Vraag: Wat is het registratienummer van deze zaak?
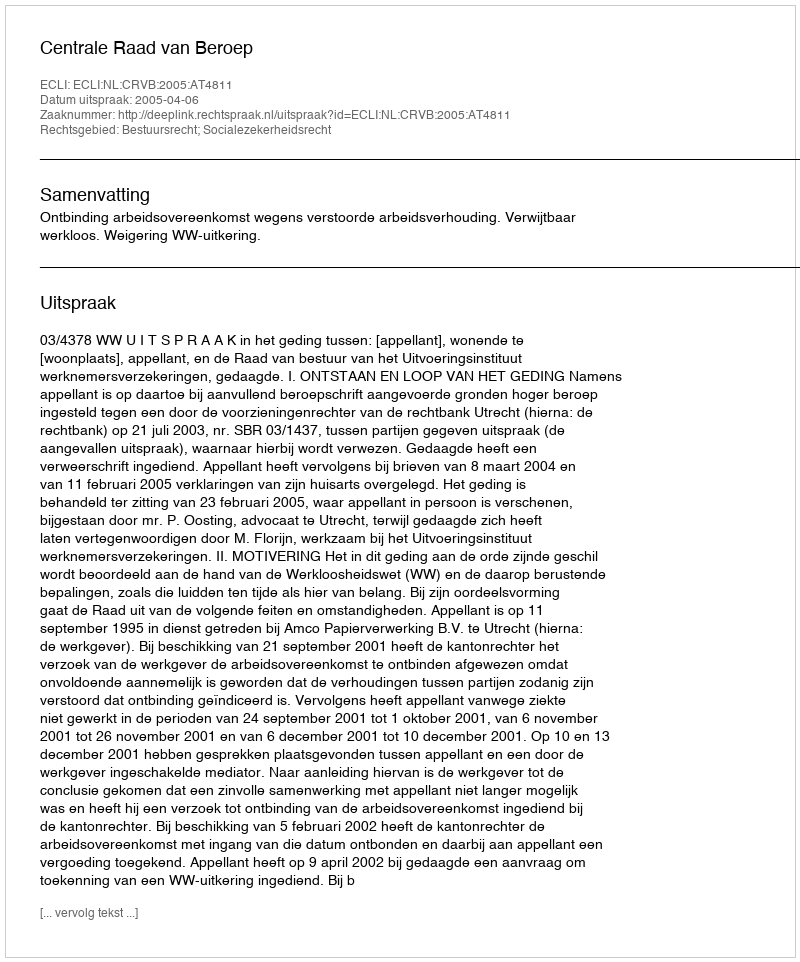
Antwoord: http://deeplink.rechtspraak.nl/uitspraak?id=ECLI:NL:CRVB:2005:AT4811